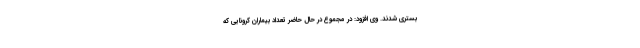
بستری شدند. وی افزود: در مجموع در حال حاضر تعداد بیماران کرونایی که